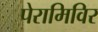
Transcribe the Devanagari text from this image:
पेरामिविर